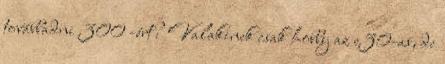
továbbadni 300 -ért? Valakinek csak hobby az e30-as, de